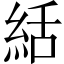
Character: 絬